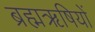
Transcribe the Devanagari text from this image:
ब्रह्मऋषियों